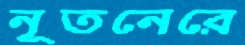
নূতনেরে